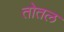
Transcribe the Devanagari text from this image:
तोतल